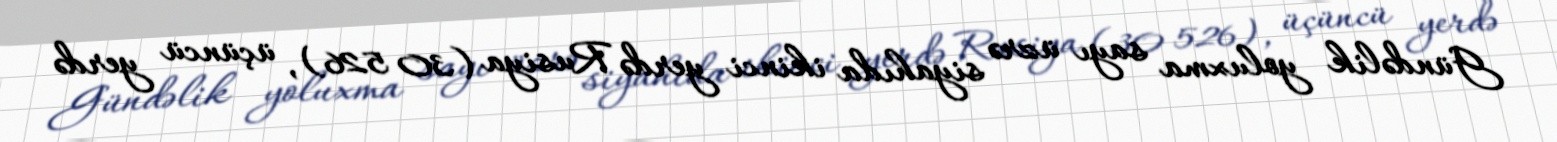
Gündəlik yoluxma sayı üzrə siyahıda ikinci yerdə Rusiya (30 526), üçüncü yerdə